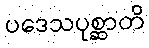
ပဒေသပုစ္ဆာတိ